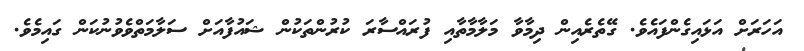
އަހަރަށް އަޅައިގެންފައެވެ. ގޭތެރެއިން ދިމާވާ މަލާމާތާއި ފުރައްސާރަ ކުރުންތަކުން ޝައުފާއަށް ސަލާމަތްވެވުނުކަން ގައިމެވެ.